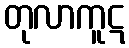
တုလာကူဋ